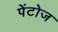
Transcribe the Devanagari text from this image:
पेंटोज